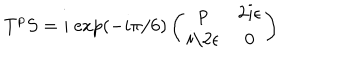
LaTeX: T ^ { p } S = i \ \mathrm { e x p } ( - i \pi / 6 ) \left( \begin{array} { c c } { { p } } & { { 2 i \epsilon } } \\ { { i / 2 \epsilon } } & { { 0 } } \\ \end{array} \right)